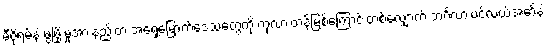
မီဇိုရမ်နဲ့ ဖွံဖြိုးမှုအားနည်းတဲ့ အရှေ့မြောက်ဒေသတွေကို ကုလားတန်မြစ်ကြောင်းတစ်လျှောက် ဘင်္ဂလားပင်လယ်အော်နဲ့